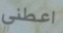
اعطني